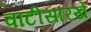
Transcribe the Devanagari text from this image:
वाटीसारखे